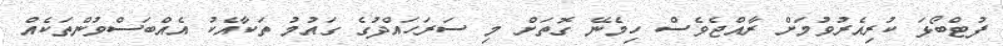
ފުޓްބޯޅަ ކުރިއެރުވުމަށް ރާއްޖެވެސް ހިމެނޭ ގޮތަށް މި ސަރަހައްދުގެ ގައުމު ތަކާއެކު އެއްބަސްވުންތަކެއް